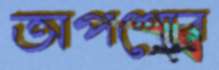
অপশোর